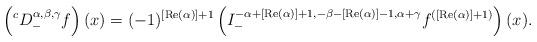
LaTeX: \begin{align*}\left({}^{c}D_{-}^{\alpha,\beta,\gamma}f\right)(x)=(-1)^{[\operatorname{Re}(\alpha)]+1}\left(I_{-}^{-\alpha+[\operatorname{Re}(\alpha)]+1,-\beta-[\operatorname{Re}(\alpha)]-1,\alpha+\gamma}f^{\left([\operatorname{Re}(\alpha)]+1\right)}\right)(x).\end{align*}